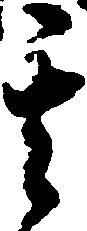
其